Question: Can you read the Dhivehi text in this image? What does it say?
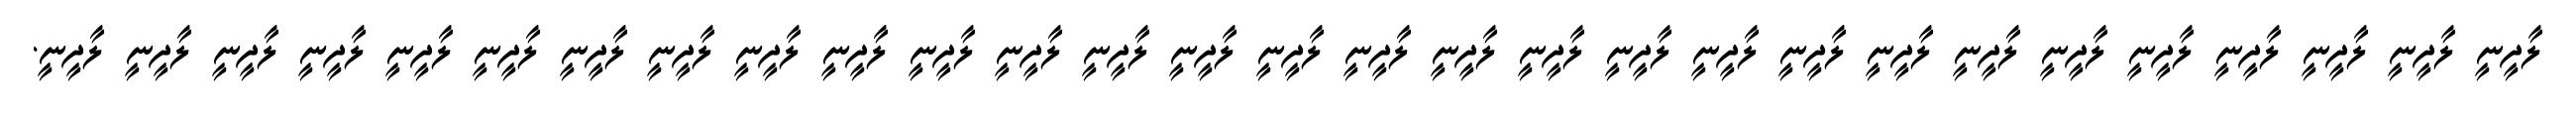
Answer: ލާދީނީ ލާދީނީ ލާދީނީ ލާދީނީ ލާދީނީ ލާދީނީ ލާދީނީ ލާދީނީ ލާދީނީ ލާދީނީ ލާދީނީ ލާދީނީ ލާދީނީ ލާދީނީ ލާދީނީ ލާދީނީ ލާދީނީ ލާދީނީ ލާދީނީ ލާދީނީ ލާދީނީ ލާދީނީ ލާދީނީ ލާދީނީ ލާދީނީ ލާދީނީ ލާދީނީ ލާދީނީ ލާދީނީ.